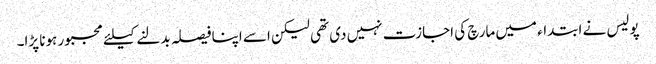
پولیس نے ابتداء میں مارچ کی اجازت نہیں دی تھی لیکن اسے اپنا فیصلہ بدلنے کیلئے مجبور ہونا پڑا۔